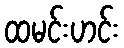
ထမင်းဟင်း